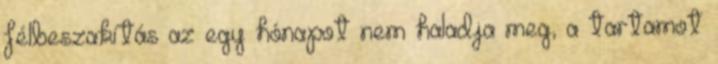
félbeszakítás az egy hónapot nem haladja meg, a tartamot